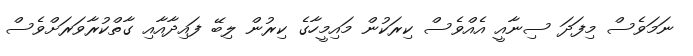
ނަމަވެސް މިފަދަ ސިނާއީ އެއްވެސް ކިރަކުން މައިމީހާގެ ކިރުން ލިބޭ ފައިދާއާއި ގާތްކުރާވަރަށްވެސް